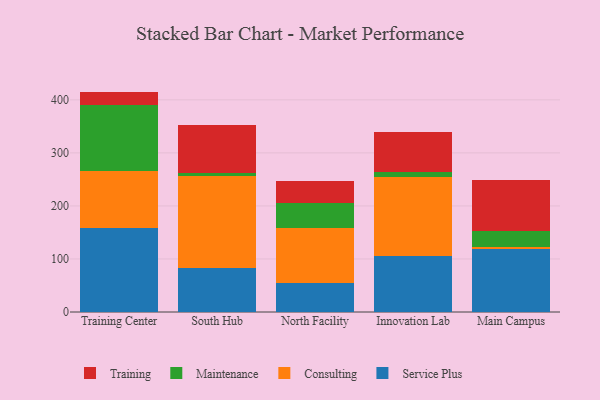
{"axis": {"x": "Campus", "y": "Active Users"}, "legend": ["Consulting", "Maintenance", "Service Plus", "Training"], "data": [{"x": "Training Center", "y": 158.0, "type": "Service Plus"}, {"x": "Training Center", "y": 107.6, "type": "Consulting"}, {"x": "Training Center", "y": 124.9, "type": "Maintenance"}, {"x": "Training Center", "y": 25.1, "type": "Training"}, {"x": "South Hub", "y": 82.5, "type": "Service Plus"}, {"x": "South Hub", "y": 174.8, "type": "Consulting"}, {"x": "South Hub", "y": 5.4, "type": "Maintenance"}, {"x": "South Hub", "y": 89.1, "type": "Training"}, {"x": "North Facility", "y": 54.7, "type": "Service Plus"}, {"x": "North Facility", "y": 104.2, "type": "Consulting"}, {"x": "North Facility", "y": 46.7, "type": "Maintenance"}, {"x": "North Facility", "y": 41.5, "type": "Training"}, {"x": "Innovation Lab", "y": 105.5, "type": "Service Plus"}, {"x": "Innovation Lab", "y": 148.8, "type": "Consulting"}, {"x": "Innovation Lab", "y": 10.4, "type": "Maintenance"}, {"x": "Innovation Lab", "y": 75.0, "type": "Training"}, {"x": "Main Campus", "y": 118.3, "type": "Service Plus"}, {"x": "Main Campus", "y": 5.2, "type": "Consulting"}, {"x": "Main Campus", "y": 29.6, "type": "Maintenance"}, {"x": "Main Campus", "y": 96.1, "type": "Training"}]}